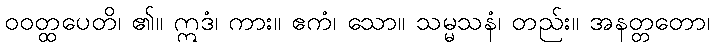
ဝဝတ္ထပေတိ၊ ၏။ ဣဒံ၊ ကား။ ဧကံ၊ သော။ သမ္မသနံ၊ တည်း။ အနတ္တတော၊